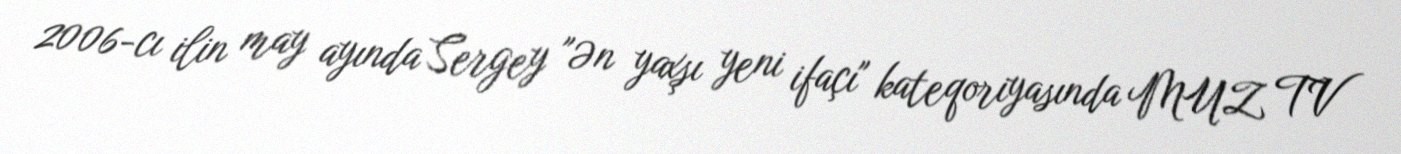
2006-cı ilin may ayında Sergey "Ən yaxşı yeni ifaçı" kateqoriyasında MUZ TV